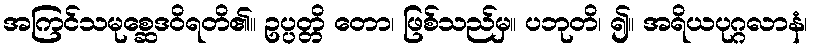
အကြင်သမုစ္ဆေဒဝိရတိ၏။ ဥပ္ပတ္တိ တော၊ ဖြစ်သည်မှ။ ပဘုတိ၊ ၍။ အရိယပုဂ္ဂလာနံ၊